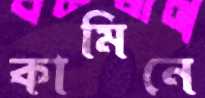
কামিনে